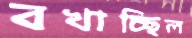
বখাচ্ছিল